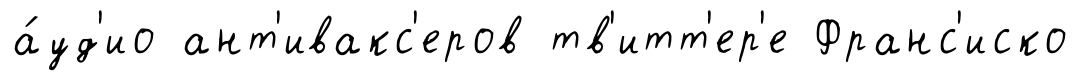
а́уд'ио ант'ивакс'еров тв'итт'ер'е Франс'иско